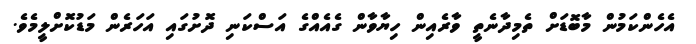
އެހެންކަމުން މާބޮޑަށް ތެމިދާނެތީ ވާރެއިން ހިޔާވާން ގެއެއްގެ އަސްކަނި ދޮށުގައި އަހަރެން މަޑުކޮށްލީމެވެ.